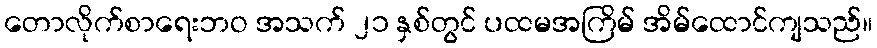
တောလိုက်စာရေးဘဝ အသက် ၂၁ နှစ်တွင် ပထမအကြိမ် အိမ်ထောင်ကျသည်။